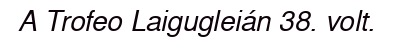
A Trofeo Laigugleián 38. volt.